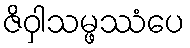
ဇိဝှါသမ္ဖဿံပေ